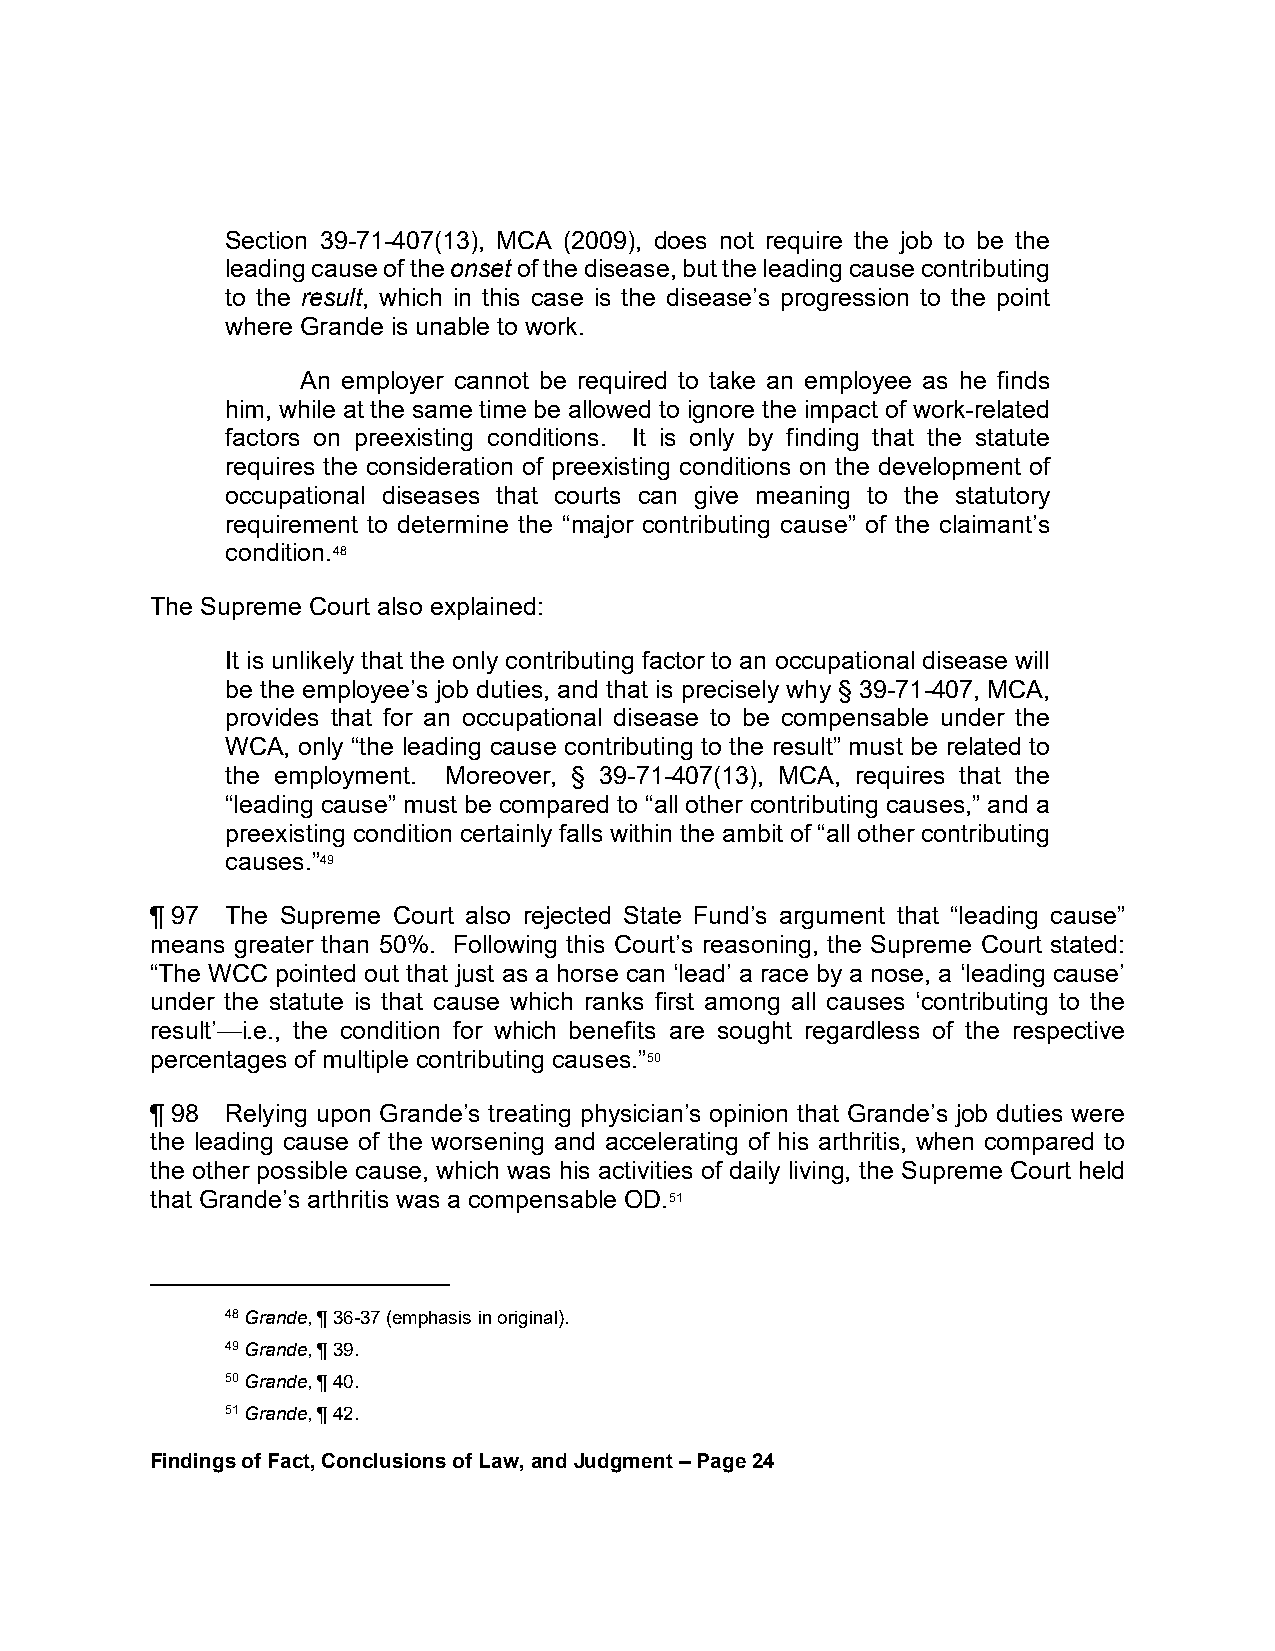
Section 39-71-407(13), MCA (2009), does not require the job to be the
 leading cause of the onset of the disease, but the leading cause contributing
 to the result, which in this case is the disease’s progression to the point
 where Grande is unable to work.
 An employer cannot be required to take an employee as he finds
 him, while at the same time be allowed to ignore the impact of work-related
 factors on preexisting conditions. It is only by finding that the statute
 requires the consideration of preexisting conditions on the development of
 occupational diseases that courts can give meaning to the statutory
 requirement to determine the “major contributing cause” of the claimant’s
 condition.48
 The Supreme Court also explained:
 It is unlikely that the only contributing factor to an occupational disease will
 be the employee’s job duties, and that is precisely why § 39-71-407, MCA,
 provides that for an occupational disease to be compensable under the
 WCA, only “the leading cause contributing to the result” must be related to
 the employment. Moreover, § 39-71-407(13), MCA, requires that the
 “leading cause” must be compared to “all other contributing causes,” and a
 preexisting condition certainly falls within the ambit of “all other contributing
 causes.”49
 ¶ 97 The Supreme Court also rejected State Fund’s argument that “leading cause”
 means greater than 50%. Following this Court’s reasoning, the Supreme Court stated:
 “The WCC pointed out that just as a horse can ‘lead’ a race by a nose, a ‘leading cause’
 under the statute is that cause which ranks first among all causes ‘contributing to the
 result’—i.e., the condition for which benefits are sought regardless of the respective
 percentages of multiple contributing causes.”50
 ¶ 98 Relying upon Grande’s treating physician’s opinion that Grande’s job duties were
 the leading cause of the worsening and accelerating of his arthritis, when compared to
 the other possible cause, which was his activities of daily living, the Supreme Court held
 that Grande’s arthritis was a compensable OD.51
 48 Grande, ¶ 36-37 (emphasis in original).
 49 Grande, ¶ 39.
 50 Grande, ¶ 40.
 51 Grande, ¶ 42.
 Findings of Fact, Conclusions of Law, and Judgment – Page 24